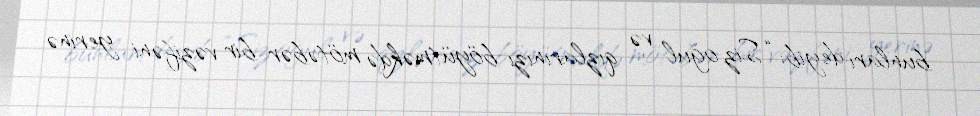
bunları deyib: “Siz oğul və qızlarınızı böyütməkdə mötəbər bir vəzifəni yerinə